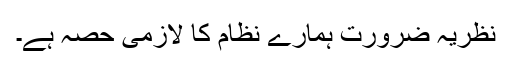
نظریہ ضرورت ہمارے نظام کا لازمی حصہ ہے۔